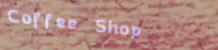
Coffee Shop